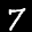
Label: 7